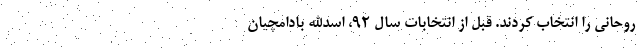
روحانی را انتخاب کردند. قبل از انتخابات سال ۹۲، اسدالله بادامچیان